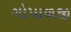
ગોપાળજી